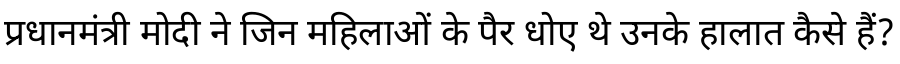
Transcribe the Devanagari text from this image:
प्रधानमंत्री मोदी ने जिन महिलाओं के पैर धोए थे उनके हालात कैसे हैं?